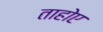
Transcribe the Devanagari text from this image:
ताहोए